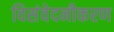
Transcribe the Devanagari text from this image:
विसंवेदनीकरण